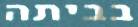
בביתה